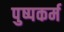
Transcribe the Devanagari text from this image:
पुष्पकर्म